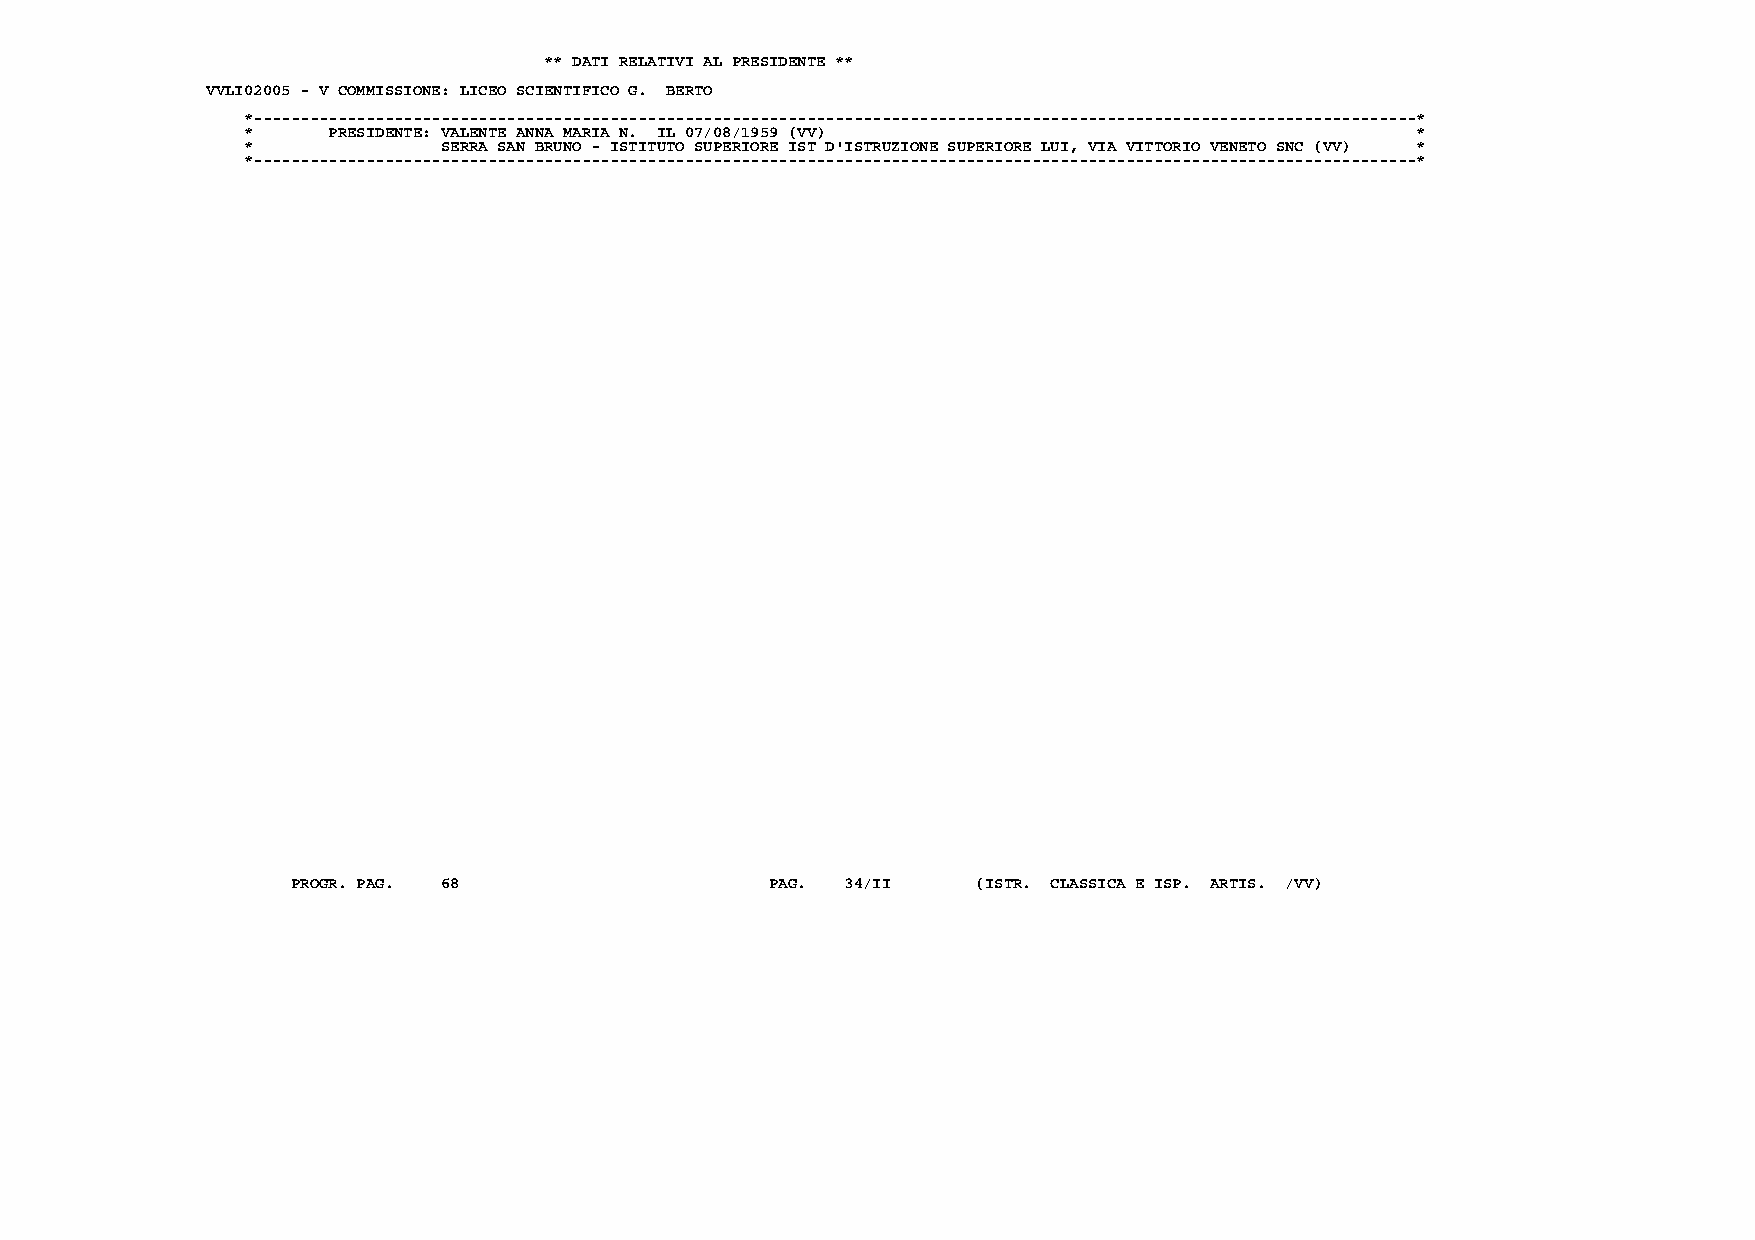
** DATI RELATIVI AL PRESIDENTE **
 VVLI02005 - V COMMISSIONE: LICEO SCIENTIFICO G. BERTO
 *----------------------------------------------------------------------------------------------------------------------------*
 *     PRESIDENTE: VALENTE ANNA MARIA N. IL 07/08/1959 (VV)                    *
 *            SERRA SAN BRUNO - ISTITUTO SUPERIORE IST D'ISTRUZIONE SUPERIORE LUI, VIA VITTORIO VENETO SNC (VV) *
 *----------------------------------------------------------------------------------------------------------------------------*
 PROGR. PAG. 68                  PAG. 34/II    (ISTR. CLASSICA E ISP. ARTIS. /VV)